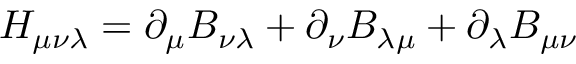
H _ { \mu \nu \lambda } = \partial _ { \mu } B _ { \nu \lambda } + \partial _ { \nu } B _ { \lambda \mu } + \partial _ { \lambda } B _ { \mu \nu }